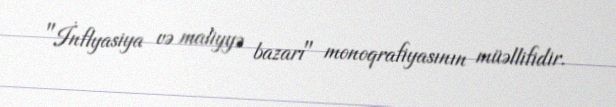
"İnflyasiya və maliyyə bazarı" monoqrafiyasının müəllifidir.